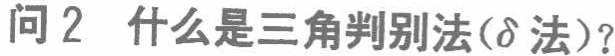
问 2 什么是三角判别法($\delta$ 法)？